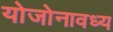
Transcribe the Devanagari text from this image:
योजोनावध्य